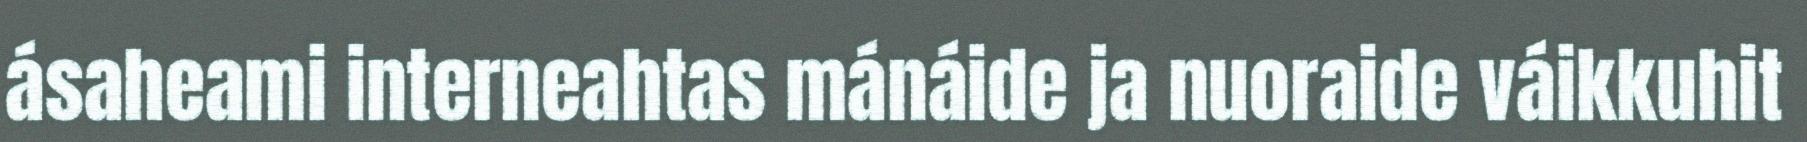
ásaheami interneahtas mánáide ja nuoraide váikkuhit